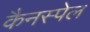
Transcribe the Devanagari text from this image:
कैनस्पेल